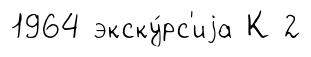
1964 экску́рс'иjа К 2